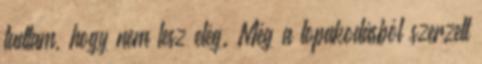
tudtam, hogy nem lesz elég. Még a lopakodásból szerzett